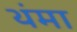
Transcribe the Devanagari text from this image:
थंमा